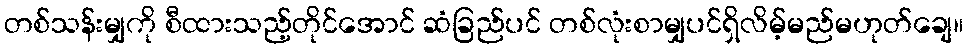
တစ်သန်းမျှကို စီထားသည့်တိုင်အောင် ဆံခြည်ပင် တစ်လုံးစာမျှပင်ရှိလိမ့်မည်မဟုတ်ချေ။